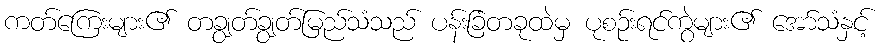
ကတ်ကြေးများ၏ တချွတ်ချွတ်မြည်သံသည် ပန်းခြံတခုထဲမှ ပုစဉ်းရင်ကွဲများ၏ အော်သံနှင့်